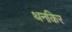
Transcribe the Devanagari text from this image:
थनकिर